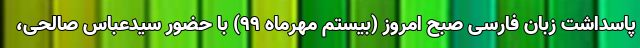
پاسداشت زبان فارسی صبح امروز (بیستم مهرماه ۹۹) با حضور سیدعباس صالحی،